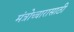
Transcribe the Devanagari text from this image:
मंत्रोच्चारासाठी